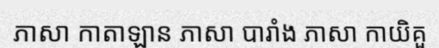
ភាសា កាតាឡាន ភាសា បារាំង ភាសា កាយិគួ